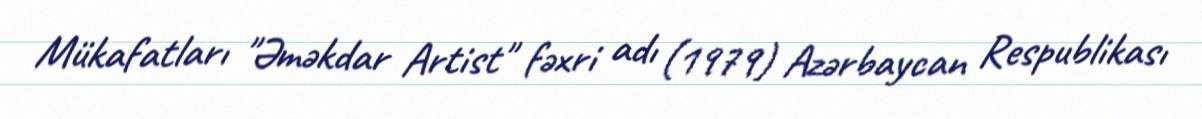
Mükafatları "Əməkdar Artist" fəxri adı (1979) Azərbaycan Respublikası